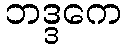
ဘဒ္ဒကေ